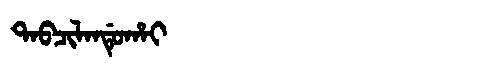
Manchu: ᡨᠠᠪᠴᡳᠯᠠᠨᡩᡠᡥᠠᡳ
Romanization: TABCILANDUHAI